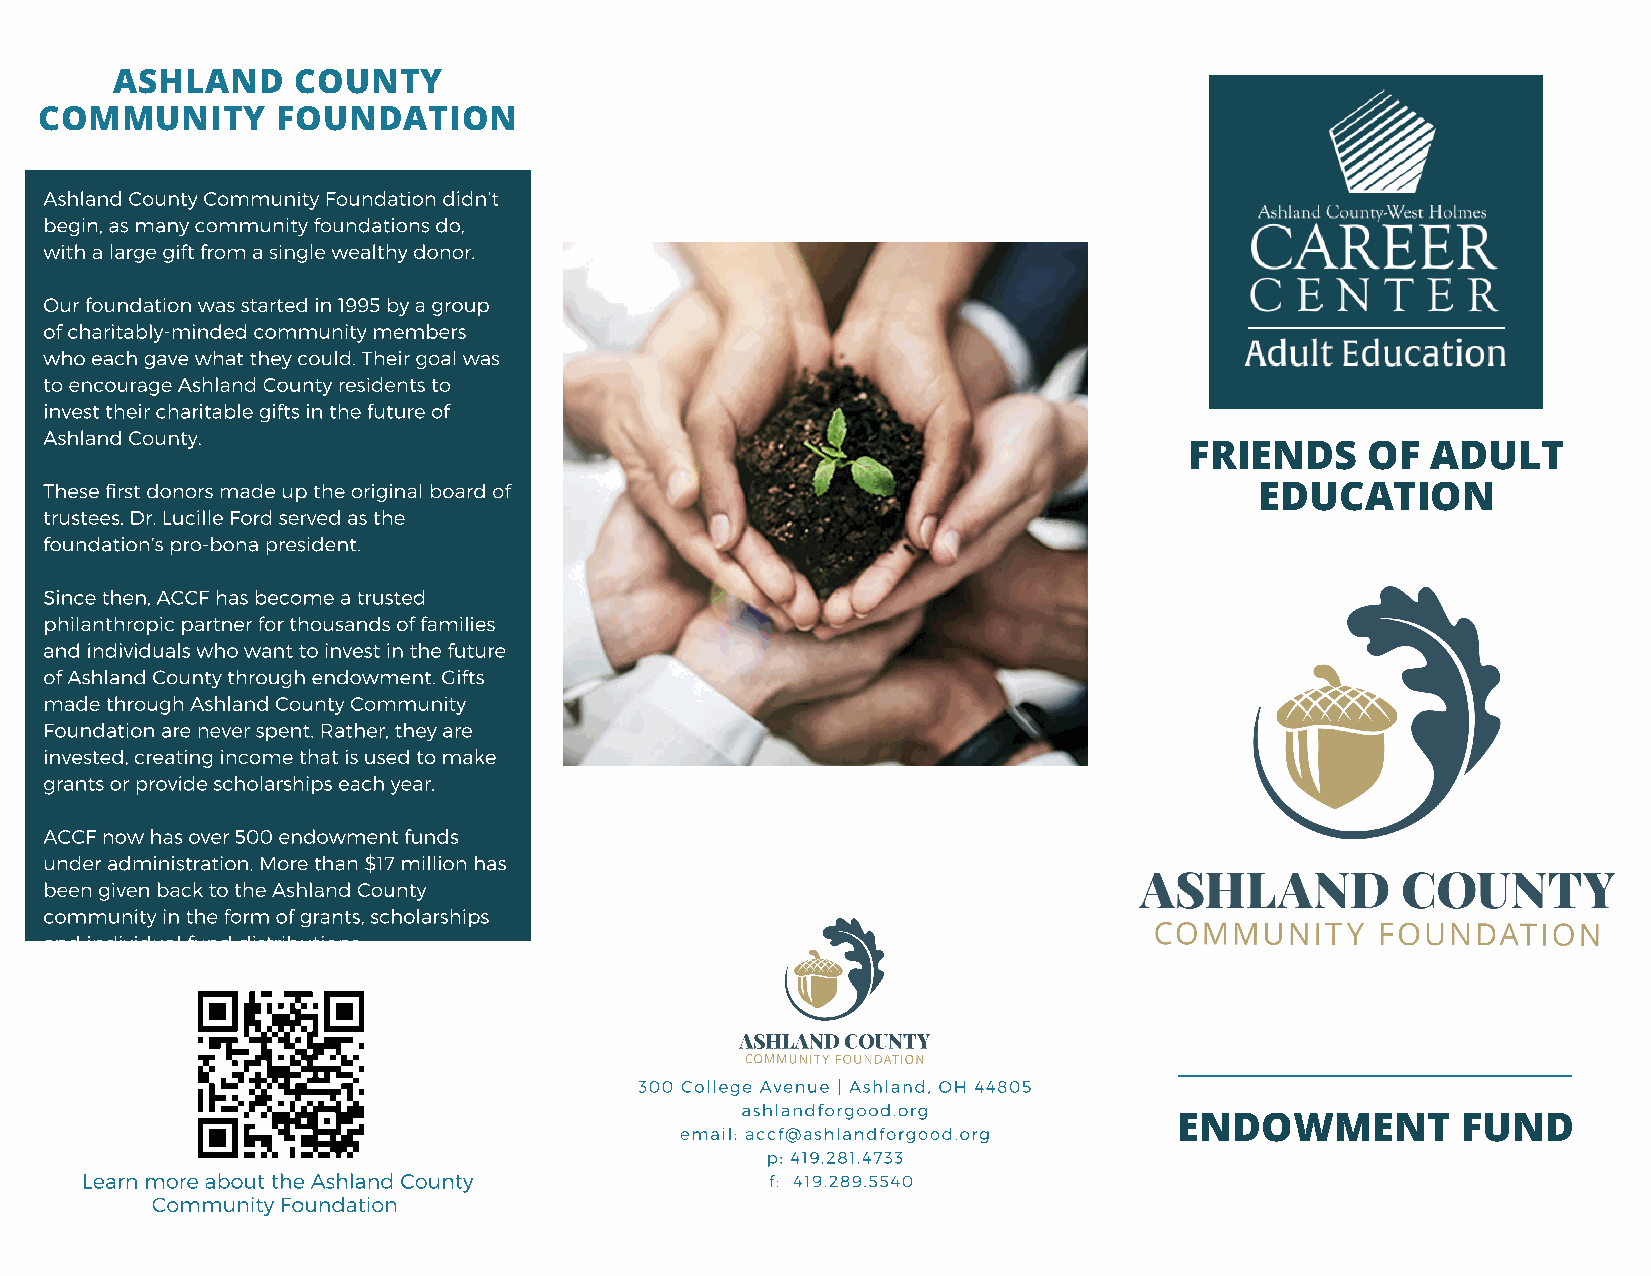
ASHLAND     COUNTY
 COMMUNITY      FOUNDATION
 Ashland County Community Foundation didn’t
 begin, as many community foundations do,
 with a large gift from a single wealthy donor.
 Our foundation was started in 1995 by a group
 of charitably-minded community members
 who each gave what they could. Their goal was
 to encourage Ashland County residents to
 invest their charitable gifts in the future of
 Ashland County.
 FRIENDS    OF   ADULT
 These first donors made up the original board of                                EDUCATION
 trustees. Dr. Lucille Ford served as the
 foundation’s pro-bona president.
 Since then, ACCF has become a trusted
 philanthropic partner for thousands of families
 and individuals who want to invest in the future
 of Ashland County through endowment. Gifts
 made through Ashland County Community
 Foundation are never spent. Rather, they are
 invested, creating income that is used to make
 grants or provide scholarships each year.
 ACCF now has over 500 endowment funds
 under administration. More than $17 million has
 been given back to the Ashland County
 community in the form of grants, scholarships
 and individual fund distributions.
 300 College Avenue | Ashland, OH 44805
 ashlandforgood.org
 ENDOWMENT          FUND
 email: accf@ashlandforgood.org
 p: 419.281.4733
 Learn more about the Ashland County           f: 419.289.5540
 Community Foundation